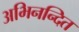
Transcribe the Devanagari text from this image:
अभिनन्दित